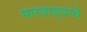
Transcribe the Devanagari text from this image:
मारवाड्याचे